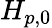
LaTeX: H_{p,0}